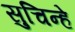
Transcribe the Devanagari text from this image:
सुचिन्हे